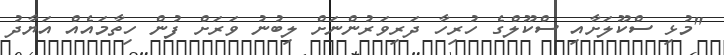
"މުޅި ސްކޫލަށާއި ސްކޫލްގެ ހުރިހާ ދަރިވަރުންނަށް ލިބުނު ވަރަށް ފުން ހިތާމައެއް އަޔާދު